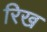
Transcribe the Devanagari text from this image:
रिख